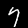
Label: 7